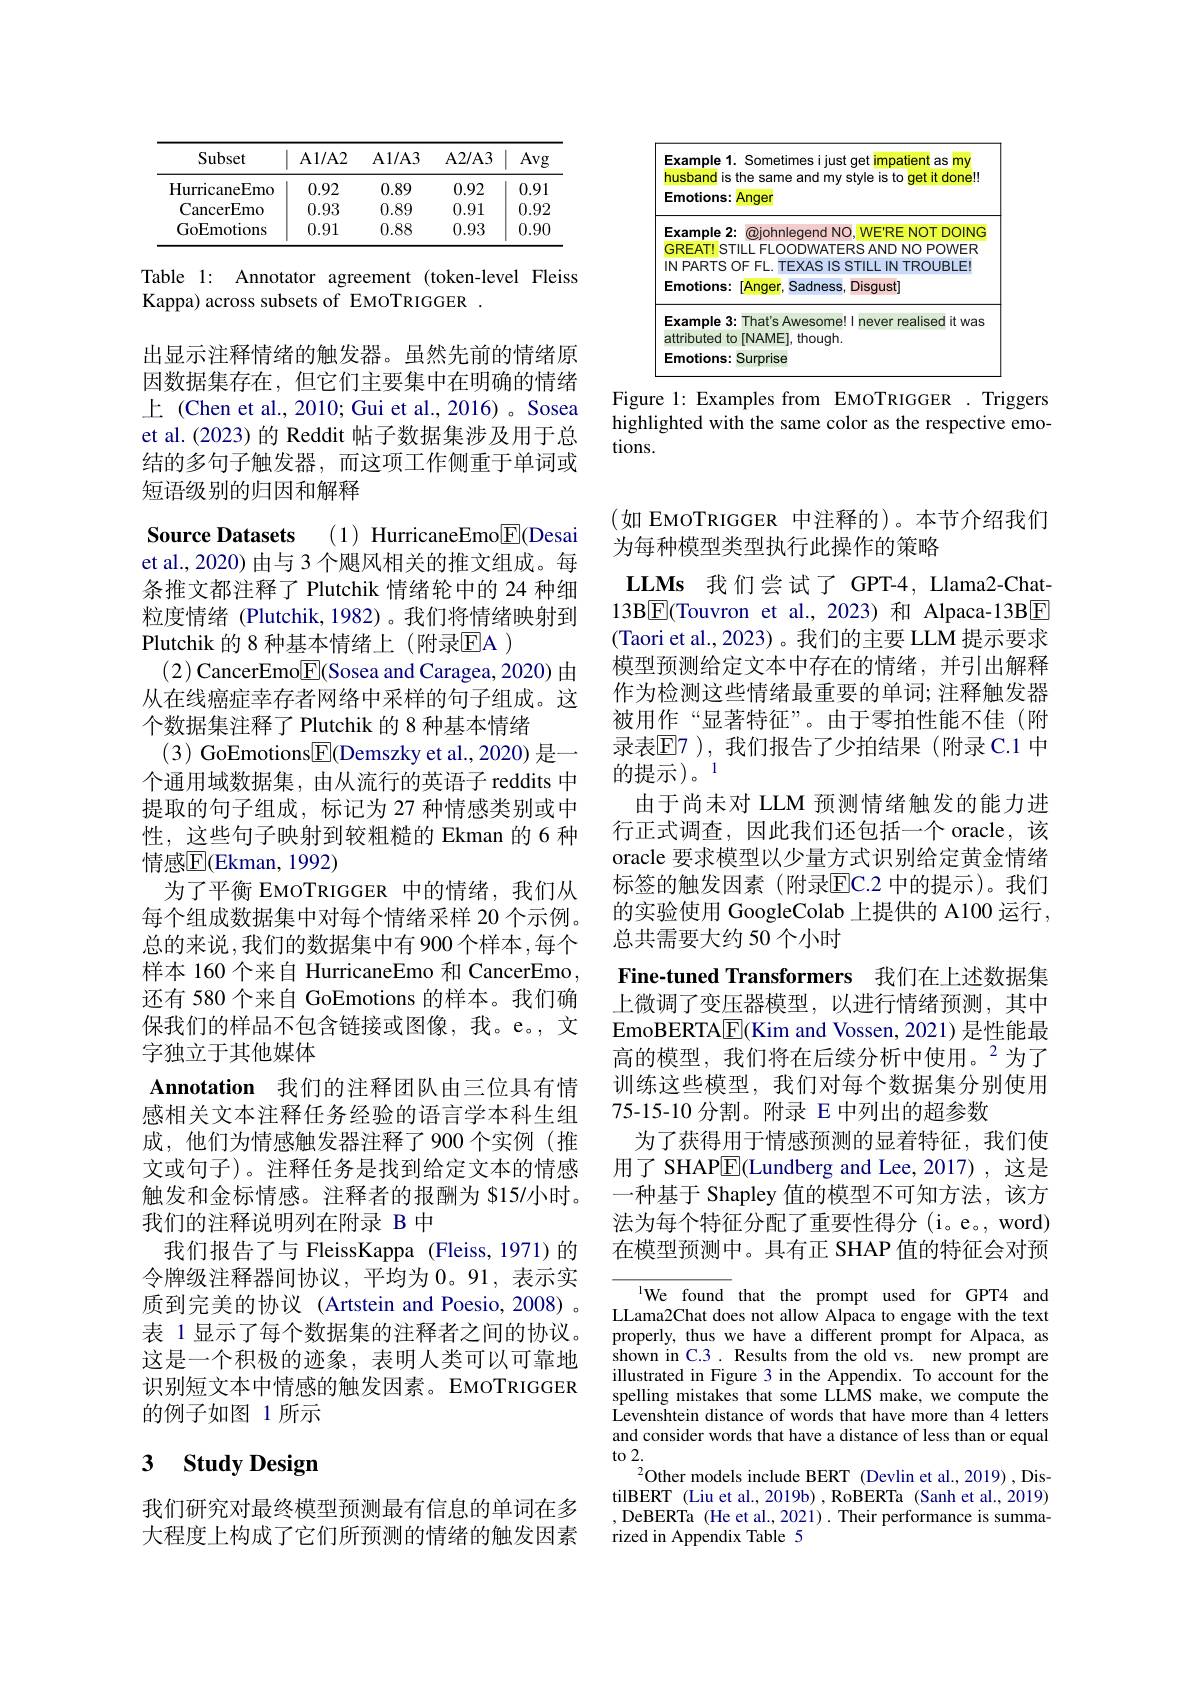
<FigureHere>

Figure 1: Examples from EMOTRIGGER . Triggers highlighted with the same color as the respective emotions.

<table>
	<tbody>
		<tr>
			<th>Subset</th>
			<th>$\mathbf{A1/A2}$</th>
			<th>$\mathbf{A1/A3}$</th>
			<th>A2/ A3</th>
			<th>Avg</th>
		</tr>
		<tr>
			<td>HurricaneEmo</td>
			<td>0.92</td>
			<td>0.89</td>
			<td>0.92</td>
			<td>0.91</td>
		</tr>
		<tr>
			<td>CancerEmo</td>
			<td>0.93</td>
			<td>0.89</td>
			<td>0.91</td>
			<td>0.92</td>
		</tr>
		<tr>
			<td>GoEmotions</td>
			<td>0.91</td>
			<td>0.88</td>
			<td>0.93</td>
			<td>0.90</td>
		</tr>
	</tbody>
</table>

Table 1: Annotator agreement (token-level Fleiss
Kappa) across subsets of EMOTRIGGER .

出显示注释情绪的触发器。虽然先前的情绪原因数据集存在，但它们主要集中在明确的情绪上 (Chen et al., 2010; Gui et al., 2016) 。Sosea et al. (2023) 的 Reddit 帖子数据集涉及用于总结的多句子触发器，而这项工作侧重于单词或短语级别的归因和解释

Source Datasets (1) HurricaneEmo$\boxed{\mathrm{E}}($Desai

et al., 2020) 由与 3 个飓风相关的推文组成。每条推文都注释了 Plutchik 情绪轮中的 24 种细粒度情绪(Plutchik,1982)。我们将情绪映射到Plutchik 的 8 种基本情绪上 (附录EA )
(2) CancerEmo$\underline{\mathrm{E}}($Sosea and Caragea, 2020) 由从在线癌症幸存者网络中采样的句子组成。这个数据集注释了 Plutchik 的 8 种基本情绪
(3) GoEmotions$\underline{\mathrm{E}}($Demszky et al., 2020) 是一个通用域数据集，由从流行的英语子 reddits 中提取的句子组成，标记为 27 种情感类别或中性，这些句子映射到较粗糙的Ekman 的 6 种情感$\overline{\mathrm{E}}($Ekman, 1992)
为了平衡 EMOTRIGGER 中的情绪，我们从每个组成数据集中对每个情绪采样 20 个示例。总的来说，我们的数据集中有 900 个样本，每个样本 160 个来自 HurricaneEmo 和 CancerEmo , 还有 580 个来自 GoEmotions 的样本。我们确保我们的样品不包含链接或图像，我。e。,文字独立于其他媒体
Annotation 我们的注释团队由三位具有情感相关文本注释任务经验的语言学本科生组成，他们为情感触发器注释了900个实例(推文或句子)。注释任务是找到给定文本的情感触发和金标情感。注释者的报酬为 $15/小时。我们的注释说明列在附录 B 中
我们报告了与 FleissKappa (Fleiss,1971)的令牌级注释器间协议，平均为 0。91,表示实质到完美的协议(Artstein and Poesio, 2008)。表 1 显示了每个数据集的注释者之间的协议。这是一个积极的迹象，表明人类可以可靠地识别短文本中情感的触发因素。EMOTRIGGER

的例子如图 1所示

# 3 $\textbf{Study Design}$

我们研究对最终模型预测最有信息的单词在多大程度上构成了它们所预测的情绪的触发因素

(如 EMOTRIGGER 中注释的)。本节介绍我们
为每种模型类型执行此操作的策略

LLMs 我们尝试了 GPT-4, Llama2-Chat- 13B$\boxed{\mathrm{F}}($Touvron et al.,2023)和 Alpaca-13B$\boxed{\mathrm{F}}$ (Taori et al., 2023)。我们的主要 LLM 提示要求模型预测给定文本中存在的情绪，并引出解释作为检测这些情绪最重要的单词；注释触发器被用作“显著特征”。由于零拍性能不佳(附录表$\mathbb{E}$7 ),我们报告了少拍结果(附录 C.1 中的提示)。1
由于尚未对 LLM 预测情绪触发的能力进行正式调查，因此我们还包括一个 oracle,该oracle 要求模型以少量方式识别给定黄金情绪标签的触发因素(附录EC.2 中的提示)。我们的实验使用 GoogleColab 上提供的 A100 运行， 总共需要大约 50 个小时
Fine-tuned Transformers 我们在上述数据集上微调了变压器模型，以进行情绪预测，其中EmoBERTA$\boxed{\mathbb{E}}$(Kim and Vossen, 2021) 是性能最高的模型，我们将在后续分析中使用。$^{2}$为了训练这些模型，我们对每个数据集分别使用75-15-10 分割。附录 E 中列出的超参数
为了获得用于情感预测的显着特征，我们使用了 SHAP$\overline{\mathrm{E}}($Lundberg and Lee,2017),这是
-种基于 Shapley 值的模型不可知方法，该方法为每个特征分配了重要性得分 (i。e。, word) 在模型预测中。具有正 SHAP 值的特征会对预
${^{1}\mathrm{We}\:\mathrm{found}\:\mathrm{that}\:\mathrm{the}\:\mathrm{prompt}\:\mathrm{used}\:\mathrm{for}\:\mathrm{GPT4}\:\mathrm{and}}$

LLama2Chat does not allow Alpaca to engage with the text properly, thus we have a different prompt for Alpaca, as shown in C.3. Results from the old vs. new prompt are illustrated in Figure 3 in the Appendix. To account for the spelling mistakes that some LLMS make, we compute the Levenshtein distance of words that have more than 4 letters and consider words that have a distance of less than or equal to 2.
$^2$Other models include BERT (Devlin et al.,2019) ,DistilBERT (Liu et al., 2019b) , RoBERTa (Sanh et al., 2019) , DeBERTa (He et al., 2021) . Their performance is summarized in Appendix Table 5